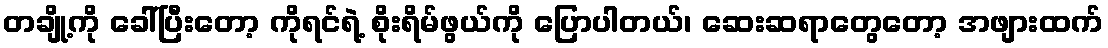
တချို့ကို ခေါ်ပြီးတော့ ကိုရင်ရဲ့ စိုးရိမ်ဖွယ်ကို ပြောပါတယ်၊ ဆေးဆရာတွေတော့ အဖျားထက်